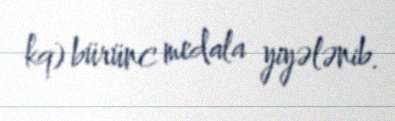
kq) bürünc medala yiyələnib.